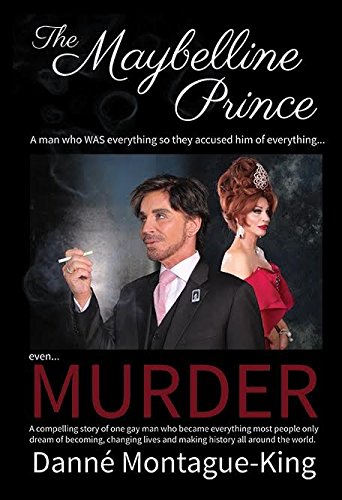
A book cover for The Maybelline Prince: The Founder of DMK TransGenesis International, and the Ambassador for Leadership in Human Rights with the Harvey Milk Foundation; Danne Montague King; Gay & Lesbian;